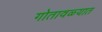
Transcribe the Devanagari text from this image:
गोतावळ्यात